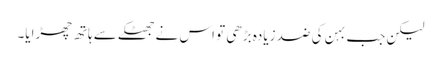
لیکن جب بہن کی ضد زیادہ بڑھی تو اس نے جھٹکے سے ہاتھ چھڑایا۔